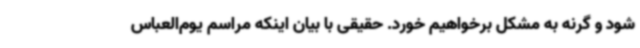
شود و گرنه به مشکل برخواهیم خورد. حقیقی با بیان اینکه مراسم یوم‌العباس